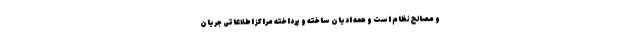
و مصالح نظام است و همه ادیان ساخته و پرداخته مراکز اطلاعاتی جریان